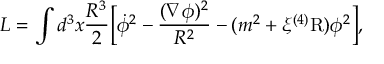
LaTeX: L = \int d ^ { 3 } x \frac { R ^ { 3 } } { 2 } \Bigl [ \dot { \phi } ^ { 2 } - \frac { ( \nabla \phi ) ^ { 2 } } { R ^ { 2 } } - ( m ^ { 2 } + \xi { } ^ { ( 4 ) } \mathrm { R } ) \phi ^ { 2 } \Bigr ] ,